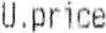
U.PRICE